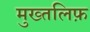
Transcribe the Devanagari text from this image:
मुख्तलिफ़